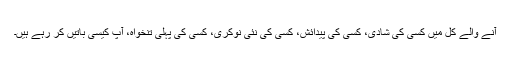
آنے والے کل میں کسی کی شادی، کسی کی پیدائش، کسی کی نئی نوکری، کسی کی پہلی تنخواہ، آپ کیسی باتیں کر رہے ہیں۔